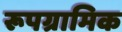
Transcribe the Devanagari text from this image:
रूपग्रामिक